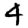
Digit: 4